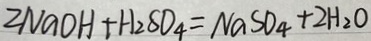
2 N a O H + H _ { 2 } S O _ { 4 } = N a S O _ { 4 } + 2 H _ { 2 } O